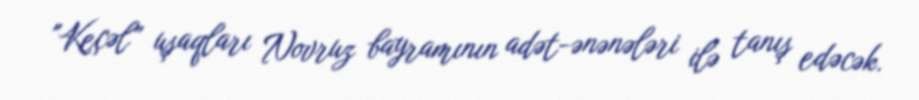
"Keçəl” uşaqları Novruz bayramının adət-ənənələri ilə tanış edəcək.